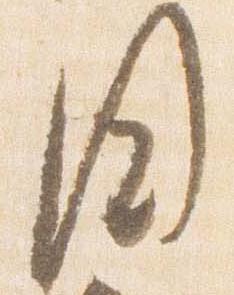
国